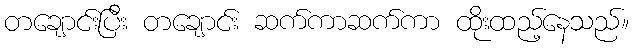
တချောင်းပြီး တချောင်း ဆက်ကာဆက်ကာ ထိုးထည့်နေသည်။